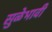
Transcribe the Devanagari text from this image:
सुळेभावी